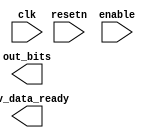
`timescale 1ns / 1ps
//////////////////////////////////////////////////////////////////////////////////
// Company: 
// Engineer: 
// 
// Design Name: 
// Module Name: transmitter
// Project Name: 
// Target Devices: 
// Tool Versions: 
// Description: 
// 
// Dependencies: 
// 
// Revision:
// Revision 0.01 - File Created
// Additional Comments:
// 
//////////////////////////////////////////////////////////////////////////////////


module transmitter(
    output wire [7:0] out_bits,
    input wire clk,
    input wire resetn,
    input wire enable,
    output wire rcv_data_ready
    );
    
    reg [7:0] out_bitsR;
    reg rcv_data_readyR;
    
    reg [7:0] memory [0:255];
    reg [0:255] fifo_state ; 
    
endmodule